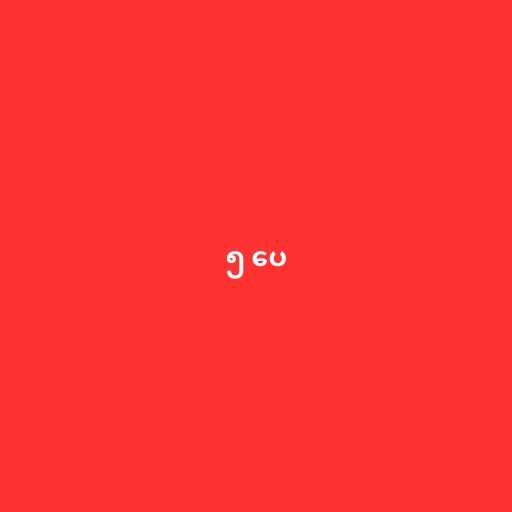
၅ ပေ